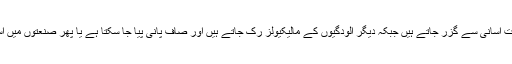
اس سے پانی کے سالمات آسانی سے گزر جاتے ہیں جبکہ دیگر آلودگیوں کے مالیکیولز رک جاتے ہیں اور صاف پانی پیا جا سکتا ہے یا پھر صنعتوں میں استعمال کیا جا سکتا ہے۔